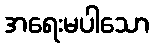
အရေးမပါသော